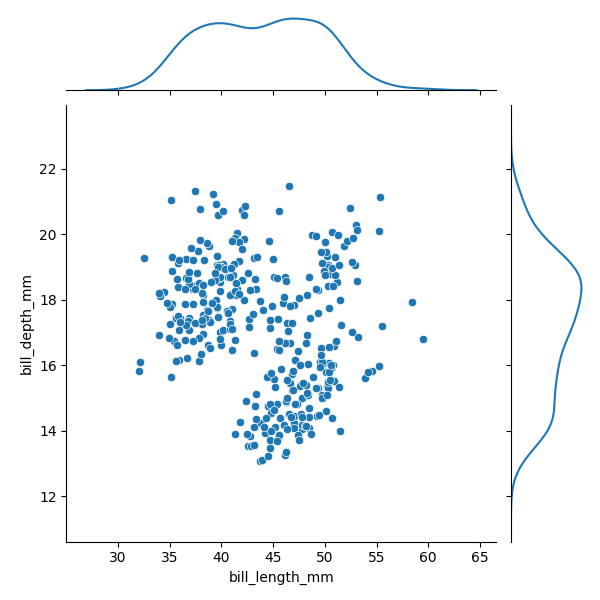
python, seaborn, JointGrid, scatterplot, kdeplot